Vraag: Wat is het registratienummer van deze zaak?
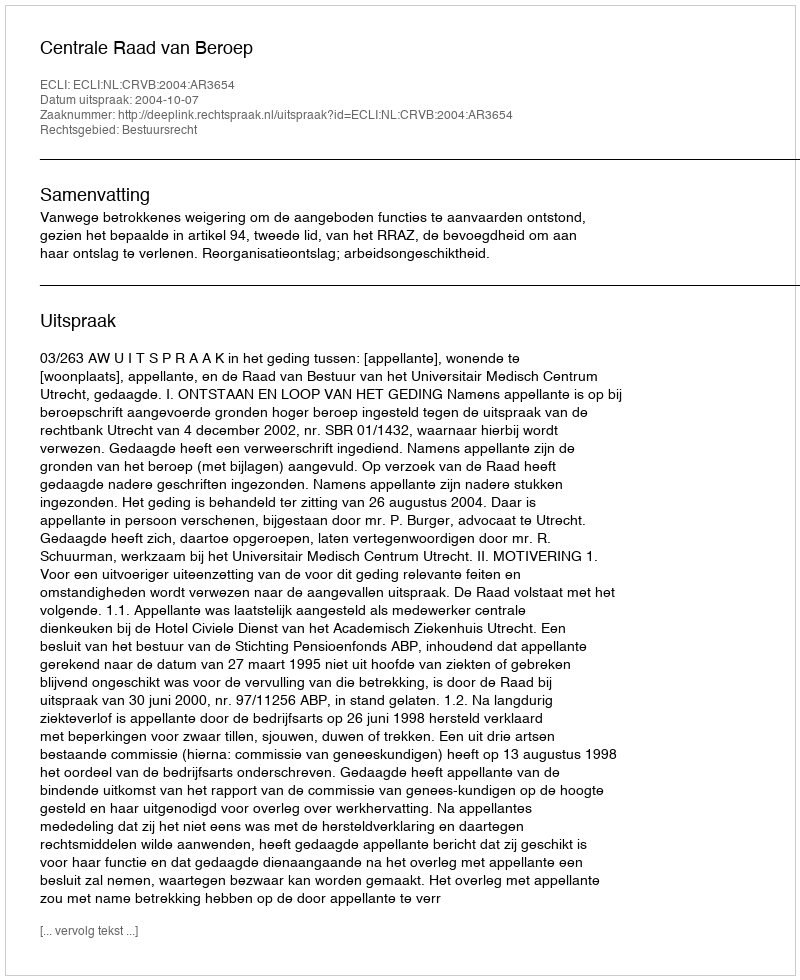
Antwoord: http://deeplink.rechtspraak.nl/uitspraak?id=ECLI:NL:CRVB:2004:AR3654